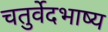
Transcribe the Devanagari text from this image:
चतुर्वेदभाष्य